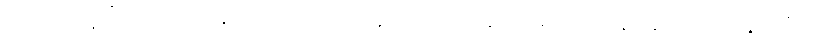
ထို့ကြောင့် “သင်တို့လဲ နားထောင်၊ ငါလဲနားထောင်၊ ပေါင်း၍ ငါတို့ နားထောင်ကုန်အံ့” ဟု